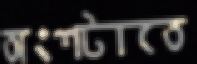
অংশটাতে